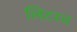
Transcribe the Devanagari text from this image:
लिटरच